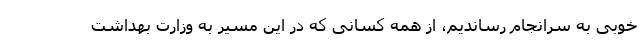
خوبی به سرانجام رساندیم، از همه کسانی که در این مسیر به وزارت بهداشت